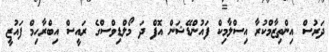
ދަރުސް އިންތިޒާމްކުރާ އިސްލާމިކް ފައުންޑޭޝަން އޮފް ދަ މޯލްޑިވްސްގެ ރައީސް އިބްރާހިމް ފައުޒީ